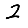
Digit: 2